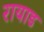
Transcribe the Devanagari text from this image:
रायाड